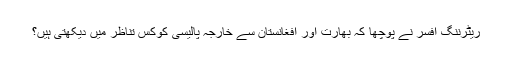
ریٹرننگ افسر نے پوچھا کہ بھارت اور افغانستان سے خارجہ پالیسی کوکس تناظر میں دیکھتی ہیں؟